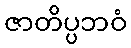
ဇာတိပ္ပဘဝံ